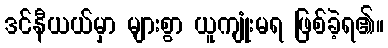
ဒင်နီယယ်မှာ များစွာ ယူကျုံးမရ ဖြစ်ခဲ့ရ၏။